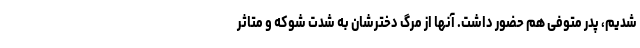
شدیم، پدر متوفی هم حضور داشت. آنها از مرگ دخترشان به ‌شدت شوکه و متاثر